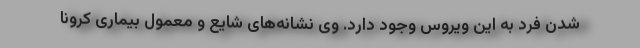
شدن فرد به این ویروس وجود دارد. وی نشانه‌های شایع و معمول بیماری کرونا